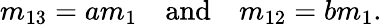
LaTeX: m_{13}=am_{1}\quad\mathrm{and}\quad m_{12}=bm_{1}.